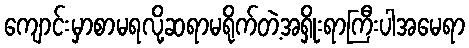
ကျောင်းမှာစာမရလို့ဆရာမရိုက်တဲ့အရှိုးရာကြီးပါအမေရာ